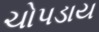
ચોપડાય